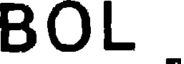
BOL